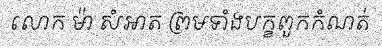
លោក ម៉ា សំអាត ព្រមទាំងបក្ខពួកកំណត់